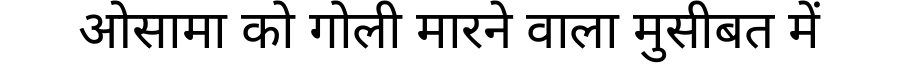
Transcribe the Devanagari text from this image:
ओसामा को गोली मारने वाला मुसीबत में